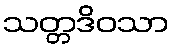
သတ္တဒိဝသာ